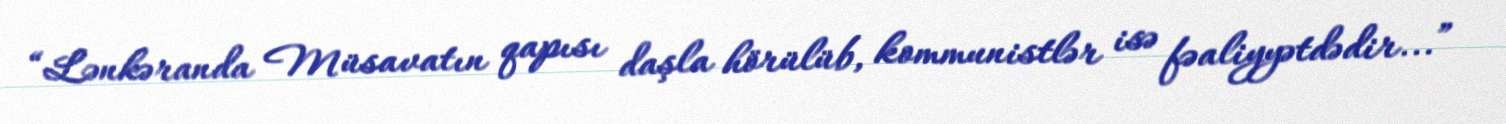
“Lənkəranda Müsavatın qapısı daşla hörülüb, kommunistlər isə fəaliyyətdədir...”